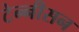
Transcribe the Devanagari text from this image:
टेन्नीसन